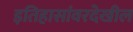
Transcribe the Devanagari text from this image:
इतिहासांवरदेखील